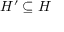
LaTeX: H ^ { \prime } \subseteq H